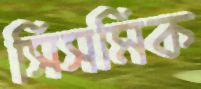
সিসমিক